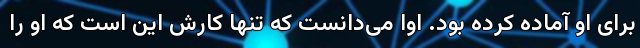
برای او آماده کرده بود. اوا می‌دانست که تنها کارش این است که او را